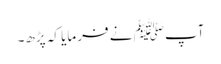
آپﷺ نے فرمایا کہ پڑھ۔